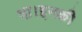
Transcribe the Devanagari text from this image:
था।इनकी